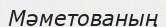
Мәметованың